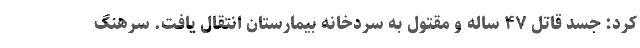
کرد: جسد قاتل ۴۷ ساله و مقتول به سردخانه بیمارستان انتقال یافت. سرهنگ